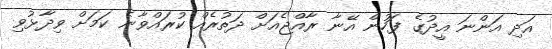
އަދި އަންނަ އީދުގެ ފަހުން އޭނާ ރާއްޖެއަށް ދަތުރެއް ކުރައްވާނެ ކަމަށް ވިދާޅުވި